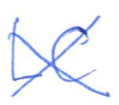
Text: LC
Cross-out: cross
Writing tool: ballpoint